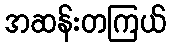
အဆန်းတကြယ်